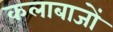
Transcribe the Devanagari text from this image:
कलाबाजों